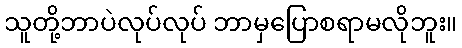
သူတို့ဘာပဲလုပ်လုပ် ဘာမှပြောစရာမလိုဘူး။